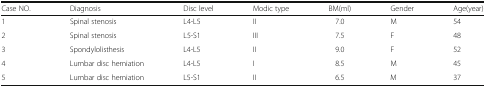
| Case NO. | Diagnosis | Disc level | Modic type | BM(ml) | Gender | Age(year) |
 | --- | --- | --- | --- | --- | --- | --- |
 | 1 | Spinal stenosis | L4-L5 | II | 7.0 | M | 54 |
 | 2 | Spinal stenosis | L5-S1 | III | 7.5 | F | 48 |
 | 3 | Spondylolisthesis | L4-L5 | II | 9.0 | F | 52 |
 | 4 | Lumbar disc herniation | L4-L5 | I | 8.5 | M | 45 |
 | 5 | Lumbar disc herniation | L5-S1 | II | 6.5 | M | 37 |